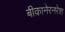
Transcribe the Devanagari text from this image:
बीकानेरनरेश